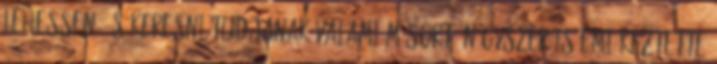
lehessen, és keresni tudjanak valami műsort. Négyszer is emlékeztette